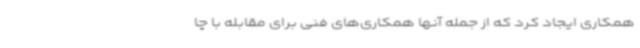
همکاری ایجاد کرد که از جمله آنها همکاری‌های فنی برای مقابله با چا